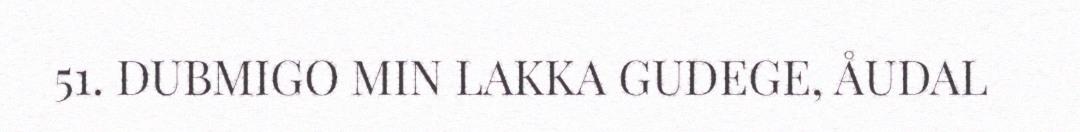
51. DUBMIGO MIN LAKKA GUDEGE, ÅUDAL